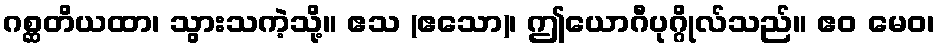
ဂစ္ဆတိယထာ၊ သွားသကဲ့သို့။ ဧသ (ဧသော)၊ ဤယောဂီပုဂ္ဂိုလ်သည်။ ဧဝ မေဝ၊